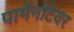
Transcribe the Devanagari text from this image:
पार्मेनटियर